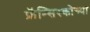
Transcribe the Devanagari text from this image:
फ्रॅन्सिस्कोच्या